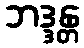
ဘဒ္ဒန္တ